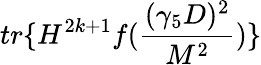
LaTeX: tr\{ H^{2k+1}f(\frac{(\gamma_{5}D)^{2}}{M^{2}})\}